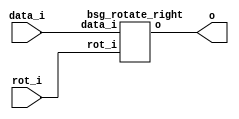
// This program was cloned from: https://github.com/chipsalliance/synlig
// License: Apache License 2.0



module top
(
  data_i,
  rot_i,
  o
);

  input [15:0] data_i;
  input [3:0] rot_i;
  output [15:0] o;

  bsg_rotate_right
  wrapper
  (
    .data_i(data_i),
    .rot_i(rot_i),
    .o(o)
  );


endmodule



module bsg_rotate_right
(
  data_i,
  rot_i,
  o
);

  input [15:0] data_i;
  input [3:0] rot_i;
  output [15:0] o;
  wire [15:0] o;
  wire sv2v_dc_1,sv2v_dc_2,sv2v_dc_3,sv2v_dc_4,sv2v_dc_5,sv2v_dc_6,sv2v_dc_7,sv2v_dc_8,
  sv2v_dc_9,sv2v_dc_10,sv2v_dc_11,sv2v_dc_12,sv2v_dc_13,sv2v_dc_14,sv2v_dc_15;
  assign { sv2v_dc_1, sv2v_dc_2, sv2v_dc_3, sv2v_dc_4, sv2v_dc_5, sv2v_dc_6, sv2v_dc_7, sv2v_dc_8, sv2v_dc_9, sv2v_dc_10, sv2v_dc_11, sv2v_dc_12, sv2v_dc_13, sv2v_dc_14, sv2v_dc_15, o } = { data_i[14:0], data_i } >> rot_i;

endmodule